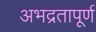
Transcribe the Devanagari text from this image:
अभद्रतापूर्ण